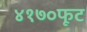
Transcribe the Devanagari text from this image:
४१७०फूट